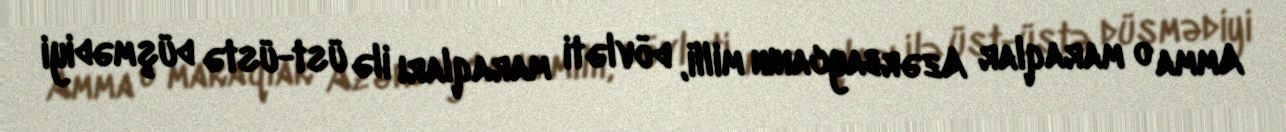
Amma o maraqlar Azərbaycanın milli, dövləti maraqları ilə üst-üstə düşmədiyi